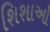
શિશાઓ